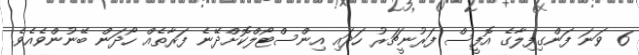
6 ވަނަ ފަންގިފިލާގެ އޮފީސް ފަރުނީޗަރު ހަދައި އިންސްޓޯލްކޮށްދޭނެެ ފަރާތެއް ހޯދަން ބޭނުންވެއެވެ.